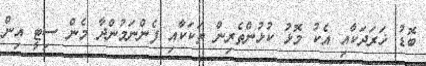
ބޮޑު ޚަރަދަކާއި އެކު މޮޅު ކުޅުންތެރިން ތަކަކާއި ފެންނަމުންދާ މެން ސިޓީ އިން